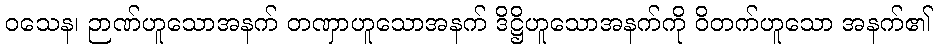
ဝသေန၊ ဉာဏ်ဟူသောအနက် တဏှာဟူသောအနက် ဒိဋ္ဌိဟူသောအနက်ကို ဝိတက်ဟူသော အနက်၏